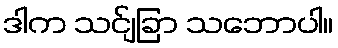
ဒါက သင်ျခြာ သဘောပါ။